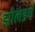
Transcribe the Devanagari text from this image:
झीलंडचे